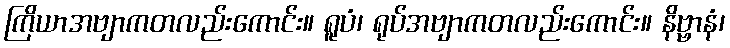
ကြိယာအဗျာကတလည်းကောင်း။ ရူပံ၊ ရုပ်အဗျာကတလည်းကောင်း။ နိဗ္ဗာနံ၊